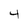
Character: 4